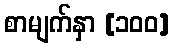
စာမျက်နှာ [၁၀၀]